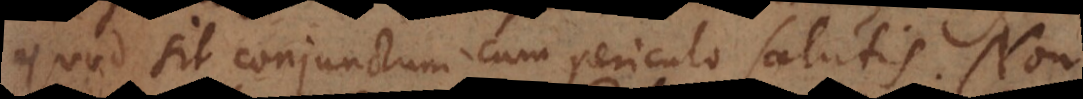
quod sit conjunctum cum periculo salutis. Non